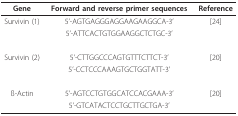
<table><thead><tr><td><b>Gene</b></td><td><b>Forward and reverse primer sequences</b></td><td><b>Reference</b></td></tr></thead><tbody><tr><td>Survivin (1)</td><td>5&#x27;-AGTGAGGGAGGAAGAAGGCA-3&#x27;</td><td>[24]</td></tr><tr><td></td><td>5&#x27;-ATTCACTGTGGAAGGCTCTGC-3&#x27;</td><td></td></tr><tr><td>Survivin (2)</td><td>5&#x27;-CTTGGCCCAGTGTTTCTTCT-3&#x27;</td><td>[20]</td></tr><tr><td></td><td>5&#x27;-CCTCCCAAAGTGCTGGTATT-3&#x27;</td><td></td></tr><tr><td>ß-Actin</td><td>5&#x27;-AGTCCTGTGGCATCCACGAAA-3&#x27;</td><td>[20]</td></tr><tr><td></td><td>5&#x27;-GTCATACTCCTGCTTGCTGA-3&#x27;</td><td></td></tr></tbody></table>